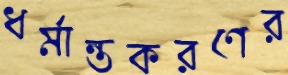
ধর্মান্তকরণের